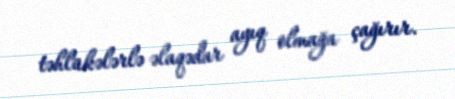
təhlükələrlə əlaqədar ayıq olmağa çağırır.